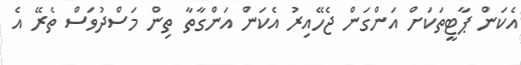
އެކަން ޕާޓީތަކަށް އަންގަން ޖެހޭއިރު އެކަން އަންގާތާ ތިން މަސްދުވަސް ތެރޭ އެ